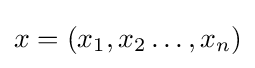
x=(x_{1},x_{2}\dots ,x_{n})